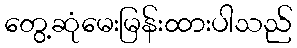
တွေ့ဆုံမေးမြန်းထားပါသည်